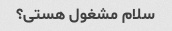
سلام مشغول هستی؟